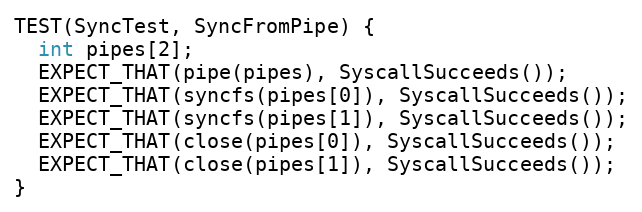
Language: C++
TEST(SyncTest, SyncFromPipe) {
  int pipes[2];
  EXPECT_THAT(pipe(pipes), SyscallSucceeds());
  EXPECT_THAT(syncfs(pipes[0]), SyscallSucceeds());
  EXPECT_THAT(syncfs(pipes[1]), SyscallSucceeds());
  EXPECT_THAT(close(pipes[0]), SyscallSucceeds());
  EXPECT_THAT(close(pipes[1]), SyscallSucceeds());
}